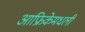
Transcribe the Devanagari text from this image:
आफ्रिकेमधली